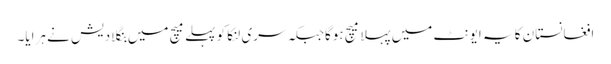
افغانستان کا یہ ایونٹ میں پہلا میچ ہوگاجبکہ سری لنکا کو پہلے میچ میں بنگلادیش نے ہرایا۔